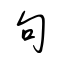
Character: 句